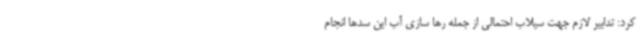
کرد: تدابیر لازم جهت سیلاب احتمالی از جمله رها سازی آب این سدها انجام